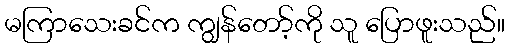
မကြာသေးခင်က ကျွန်တော့်ကို သူ ပြောဖူးသည်။